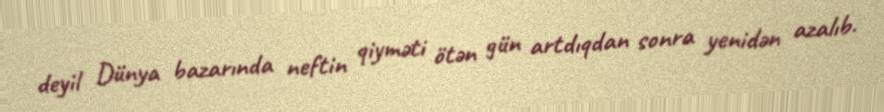
deyil Dünya bazarında neftin qiyməti ötən gün artdıqdan sonra yenidən azalıb.